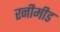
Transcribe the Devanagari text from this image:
रनीमीड